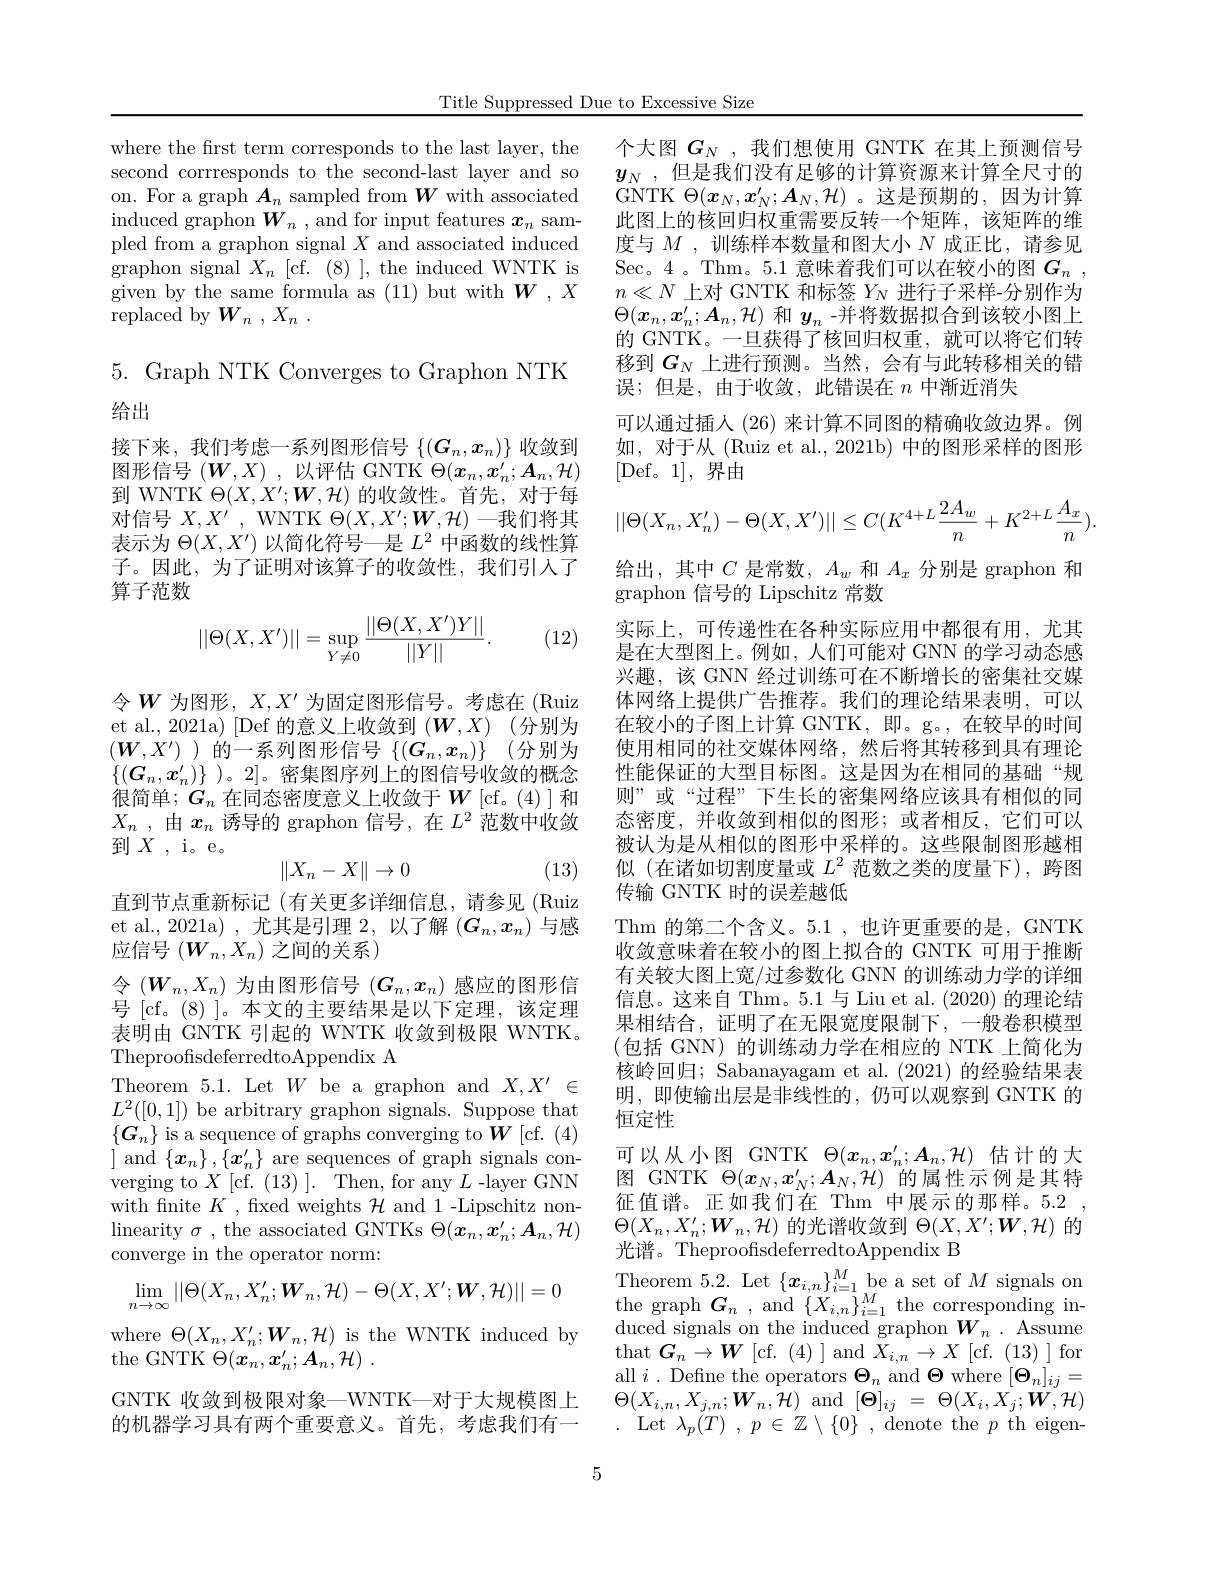
Title Suppressed Due to Excessive Size

where the first term corresponds to the last layer, the个 大 图 $G_N$ , 我 们 想 使 用 GNTK 在 其 上 预 测 信 号 second corrresponds to the second- last layer and so$\boldsymbol{y}_N$ , 但 是 我 们 没 有 足 够 的 计 算 资 源 来 计 算 全 尺 寸 的 second corrresponds to the second- last layer and so$\boldsymbol{y}_N$ , 但 是 我 们 没 有 足
on. For a graph $A_n$ sampled from $W$ with associated induced graphon $W_n$ , and for input features $x_n$ sampled from a graphon signal $X$ and associated induced graphon signal $X_n$ [cf. (8) ], the induced WNTK is given by the same formula as (11) but with $\boldsymbol{W},X$ replaced by $W_n$ $, X_n$ .

## 5. Graph NTK Converges to Graphon NTK 给出

接下来，我们考虑一系列图形信号$\{(G_n,x_n)\}$收敛到图形信号$(\boldsymbol W,X)$ ,以评估 GNTK $\Theta(x_n,\boldsymbol{x}_n^{\prime};\boldsymbol{A}_n,\mathcal{H})$ 到 WNTK $\Theta(X,X^{\prime};\boldsymbol{W},\mathcal{H})$的收敛性。首先，对于每对信号$X,X^\prime$, WNTK $\Theta(X,X^\prime;\boldsymbol{W},\mathcal{H})$ —我们将其表示为$\Theta(X,X^{\prime})$以简化符号—是$L^2$中函数的线性算子。因此，为了证明对该算子的收敛性，我们引人了算子范数
$$||\Theta(X,X')||=\sup\limits_{Y\ne0}\frac{||\Theta(X,X')Y||}{||Y||}.$$
(12)

令$W$ 为图形，$X,X^\prime$ 为固定图形信号。考虑在 (Ruiz et al., 2021a) [Def 的意义上收敛到$(\boldsymbol W,X)$ (分别为$(\boldsymbol{W},X^{\prime})$)的一系列图形信号$\{ ( \boldsymbol{G}_n, \boldsymbol{x}_n) \}$ (分别为$\{(G_n,x_n^{\prime})\}$ )。2]。密集图序列上的图信号收敛的概念很简单；$G_n$在同态密度意义上收敛于$W\left[\mathrm{cf。(4)}\right]$和$X_n$ ,由$x_n$诱导的 graphon 信号，在$L^2$范数中收敛到$X$,i。e。
$$\begin{Vmatrix}X_n-X\end{Vmatrix}\to0$$
(13)

直到节点重新标记(有关更多详细信息，请参见(Ruiz et al., 2021a), 尤其是引理2，以了解$(G_n,x_n)$与感应信号$(\boldsymbol{W}_n,X_n)$之间的关系)

令$(W_n,X_n)$为由图形信号$(G_n,x_n)$感应的图形信号[cf。(8)]。本文的主要结果是以下定理，该定理表明由 GNTK 引起的 WNTK 收敛到极限 WNTK。TheproofisdeferredtoAppendix A

Theorem 5.1. Let $W$ be a graphon and $X,X^\prime\in$ $L^{2}([0,1])$ be arbitrary graphon signals. Suppose that $\{\boldsymbol{G}_n\}$ is a sequence of graphs converging to $\boldsymbol{W}[$cf. (4) ] and $\{\boldsymbol x_n\},\{\boldsymbol x_n^{\prime}\}$ are sequences of graph signals converging to $X[$cf. (13)]. Then, for any $L$ -layer GNN with fnite $K$ , fixed weights $\mathcal{H}$ and 1-Lipschitz nonlinearity $\sigma$, the associated GNTKs $\Theta(x_n,x_n^{\prime};A_n,\mathcal{H})$ converge in the operator norm:
$$\lim_{n\to\infty}||\Theta(X_n,X_n';\boldsymbol{W}_n,\mathcal{H})-\Theta(X,X';\boldsymbol{W},\mathcal{H})||=0$$
where $\Theta(X_{n},X_{n}^{\prime};W_{n},\mathcal{H})$ is the WNTK induced by
the GNTK $\Theta ( x_n, \boldsymbol{x}_n^{\prime }; A_n, \mathcal{H} )$ .
GNTK 收敛到极限对象—WNTK—对于大规模图上的机器学习具有两个重要意义。首先，考虑我们有

GNTK $\Theta(\boldsymbol{x}_N,\boldsymbol{x}_N^{\prime};\boldsymbol{A}_N,\mathcal{H})$。这是预期的，因为计算此图上的核回归权重需要反转一个矩阵，该矩阵的维度与$M$ ,训练样本数量和图大小$N$成正比，请参见Sec。4 。Thm。5.1 意味着我们可以在较小的图$G_n$ , $n\ll N$上对 GNTK 和标签$Y_{N}$进行子采样-分别作为$\Theta(x_n,x_n^{\prime};A_n,\mathcal{H})$和$y_n$ -并将数据拟合到该较小图上的 GNTK。一旦获得了核回归权重，就可以将它们转移到$G_N$上进行预测。当然，会有与此转移相关的错误；但是，由于收敛，此错误在$n$中渐近消失
可以通过插入 (26) 来计算不同图的精确收敛边界。例如，对于从(Ruiz et al.,2021b)中的图形采样的图形[Def。1],界由
$$\begin{aligned}||\Theta(X_n,X_n')-\Theta(X,X')||\leq C(K^{4+L}\frac{2A_w}{n}+K^{2+L}\frac{A_x}{n}).\end{aligned}$$
给出，其中$C$是常数，$A_w$和$A_x$分别是 graphon 和
graphon 信号的 Lipschitz 常数
实际上，可传递性在各种实际应用中都很有用，尤其是在大型图上。例如，人们可能对 GNN 的学习动态感兴趣，该 GNN 经过训练可在不断增长的密集社交媒体网络上提供广告推荐。我们的理论结果表明，可以在较小的子图上计算 GNTK, 即。g。, 在较早的时间使用相同的社交媒体网络，然后将其转移到具有理论性能保证的大型目标图。这是因为在相同的基础“规则”或“过程”下生长的密集网络应该具有相似的同态密度，并收敛到相似的图形；或者相反，它们可以被认为是从相似的图形中采样的。这些限制图形越相似(在诸如切割度量或$L^{2}$范数之类的度量下),跨图传输 GNTK 时的误差越低
Thm 的第二个含义。5.1 ,也许更重要的是，GNTK 收敛意味着在较小的图上拟合的 GNTK 可用于推断有关较大图上宽/过参数化 GNN 的训练动力学的详细信息。这来自 Thm。5.1 与 Liu et al. (2020) 的理论结果相结合，证明了在无限宽度限制下，一般卷积模型(包括 GNN)的训练动力学在相应的 NTK 上简化为核岭回归；Sabanayagam et al. (2021) 的经验结果表明，即使输出层是非线性的，仍可以观察到 GNTK 的恒定性
可以从小图 GNTK $\Theta(x_n,x_n^{\prime};A_n,\mathcal{H})$估计的大图 GNTK $\Theta(x_N,x_N^{\prime};\boldsymbol{A}_N,\mathcal{H})$的属性示例是其特征值谱。正如我们在 Thm 中展示的那样。5.2 , $\Theta(X_{n},X_{n}^{\prime};\boldsymbol{W}_{n},\mathcal{H})$的光谱收敛到$\Theta(X,X^{\prime};\boldsymbol{W},\mathcal{H})$的光谱。TheproofisdeferredtoAppendix B
Theorem 5.2. Let $\{\boldsymbol x_{i,n}\}_{i=1}^{M}$ be a set of $M$ signals on the graph $G_n$, and $\{X_{i,n}\}_{i=1}^M$ the corresponding induced signals on the induced graphon $W_n.$ Assume that$\boldsymbol{G}_n\to\boldsymbol{W}$[cf.(4)]and$X_i,n\to X$[cf.(13)]for all $i.$ Define the operators $\Theta_n$ and $\Theta$ where $[\Theta_n]_ij=$ $\Theta(X_{i,n},X_{j,n};W_{n},\mathcal{H})$ and$[ \Theta ] _{ij}$ = $\Theta ( X_{i}, X_{j}; \boldsymbol{W}, \mathcal{H} )$ Let $\lambda _p( T)$ , $p\in \mathbb{Z} \setminus \{ 0\}$ , denote the $p$ th eigen-
5